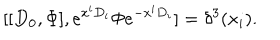
[ [ D _ { 0 } , \Phi ] , e ^ { x ^ { i } D _ { i } } \Phi e ^ { - x ^ { i } D _ { i } } ] = \delta ^ { 3 } ( x _ { i } ) .